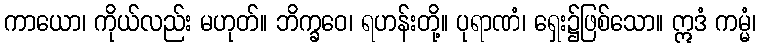
ကာယော၊ ကိုယ်လည်း မဟုတ်။ ဘိက္ခဝေ၊ ရဟန်းတို့။ ပုရာဏံ၊ ရှေး၌ဖြစ်သော။ ဣဒံ ကမ္မံ၊